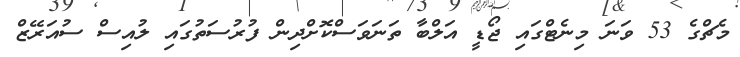
މެޗްގެ 53 ވަނަ މިނެޓްގައި ޖޯޑީ އަލްބާ ތަނަވަސްކޮށްދިން ފުރުސަތުގައި ލުއިސް ސުއަރޭޒް